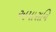
અમારાનિ